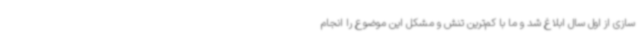
سازی از اول سال ابلاغ شد و ما با کم‌ترین تنش و مشکل این موضوع را انجام